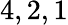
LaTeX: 4,2,1